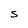
Character: S